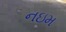
નઇમ